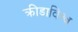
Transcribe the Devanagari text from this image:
क्रीडाविश्व